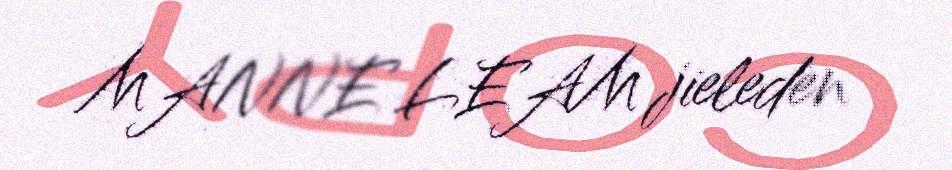
MANNE LEAM jieleden